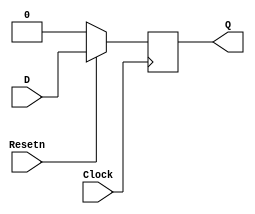
/* pg 396 - synchronous DFF reset */

module bm_DL_Dff_w_synch_reset(D, Clock, Resetn, Q);
	input D, Clock, Resetn;
	output Q;
	reg Q;
	
	always @(posedge Clock)
		if (!Resetn)
			Q <= 0;
		else 
			Q <= D;
	
endmodule